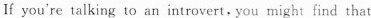
If you're talking to an introvert, you might find that